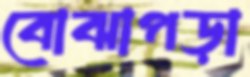
বোঝাপড়া